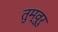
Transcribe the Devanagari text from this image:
तुम्वुरु